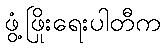
ဖွံ့ဖြိုးရေးပါတီက